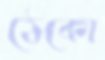
ঠেকো